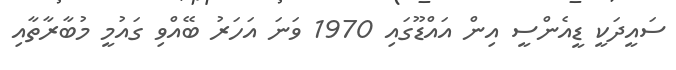
ސައީދަކީ ޑީއެންސީ އިން އައްޑޫގައި 1970 ވަނަ އަހަރު ބޭއްވި ގައުމީ މުބާރާތާއި